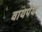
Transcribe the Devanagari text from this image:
वायपेय